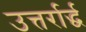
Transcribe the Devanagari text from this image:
उत्तर्रार्द्ध